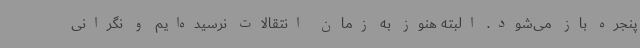
پنجره باز می‌شود. البته هنوز به زمان انتقالات نرسیده‌ایم و نگرانی